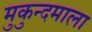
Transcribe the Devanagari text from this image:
मुकुन्दमाला